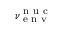
\nu _ { \textrm { e n v } } ^ { \textrm { n u c } }